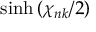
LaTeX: \sinh { ( \chi _ { n k } / 2 ) }